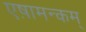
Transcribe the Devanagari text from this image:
एष़ामन्कम्